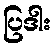
ပြဒါး